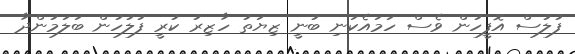
ފުލުސް އޮފީހުން ވެސް ހަމައެކަނި ބުނީ ޒިޔަތު ހާޒިރު ކުރީ ފުލުހުން ބަލަމުންދާ